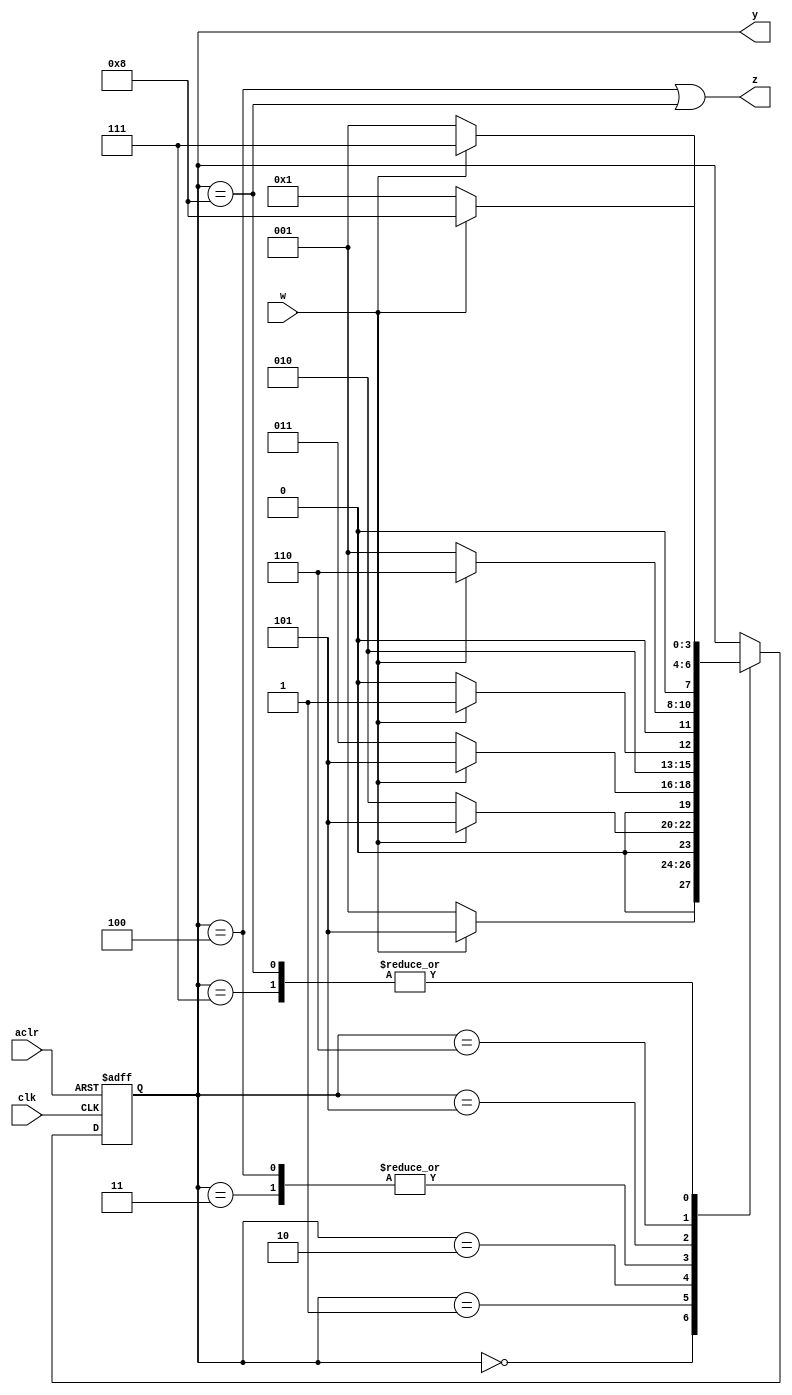
module FSM_user_coding_one_process(
	input w, clk, aclr,
	output z,
	output [3:0] y
);

	localparam [3:0]
		A = 4'b0000,
		B = 4'b0001,
		C = 4'b0010,
		D = 4'b0011,
		E = 4'b0100,
		F = 4'b0101,
		G = 4'b0110,
		H = 4'b0111,
		I = 4'b1000;
		
	reg [3:0] state;
	
	always @(posedge clk, negedge aclr) begin
		if (!aclr) state <= A;
		else begin
			case (state)
			A: state <= (w ? F : B);
			B: state <= (w ? F : C);
			C: state <= (w ? F : D);
			D: state <= (w ? F : E);
			E: state <= (w ? F : E);
			F: state <= (w ? G : B);
			G: state <= (w ? H : B);
			H: state <= (w ? I : B);
			I: state <= (w ? I : B);
			endcase
		end
	end
	
	assign z = (state == E) || (state == I);
	assign y = state;
endmodule